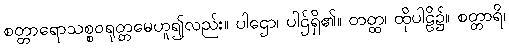
စတ္တာရောသစ္စဝရုတ္တမေဟူ၍လည်း။ ပါဌော၊ ပါဌ်ရှိ၏။ တတ္ထ၊ ထိုပါဠိ၌။ စတ္တာရိ၊